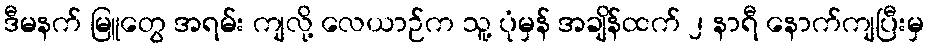
ဒီမနက် မြူတွေ အရမ်း ကျလို့ လေယာဉ်က သူ့ ပုံမှန် အချိန်ထက် ၂ နာရီ နောက်ကျပြီးမှ